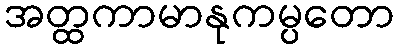
အတ္ထကာမာနုကမ္ပတော